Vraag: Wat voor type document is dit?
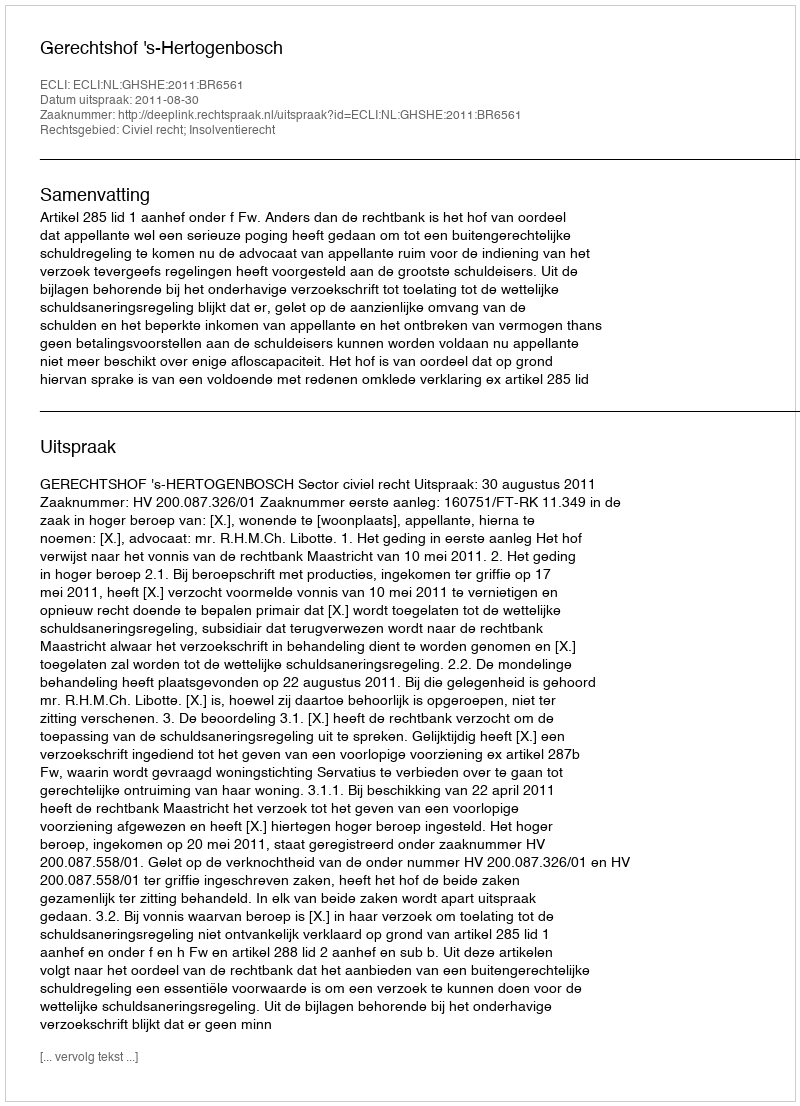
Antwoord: Uitspraak